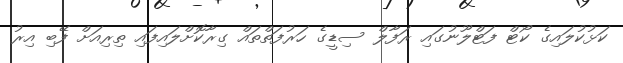
ކަޅުކުލައިގެ ކޯޓް ފަޓްލޫނުގައި ރަފާލް ސިޑީގެ ހަރުފަތްތައް ގިރާކޮށްލައިފައި ތިރިއަށް ފޭބި އިރު